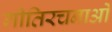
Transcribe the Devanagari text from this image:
गीतिरचनाओं